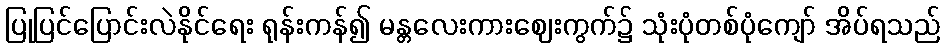
ပြုပြင်ပြောင်းလဲနိုင်ရေး ရုန်းကန်၍ မန္တလေးကားဈေးကွက်၌ သုံးပုံတစ်ပုံကျော် အိပ်ရသည်